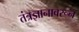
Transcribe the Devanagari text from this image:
तंत्रज्ञानावरून